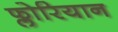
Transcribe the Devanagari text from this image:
फ्लोरियान